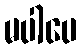
မပါပေ